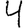
Digit: 4